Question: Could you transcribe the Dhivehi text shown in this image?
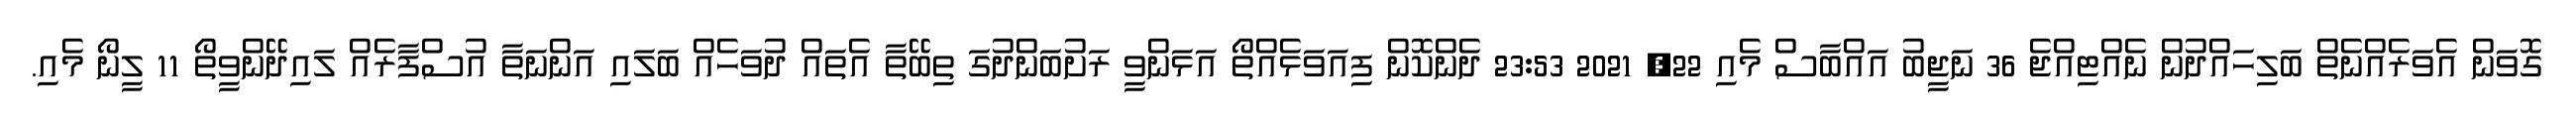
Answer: ގޮވަން އެވަރެއްނެތް ބަލިހައްދުން ނެއްޓިއްޖެ 36 ނަޖީބު އައްބާސް މެއި 22, 2021 23:53 ދެންކޮން ފިއަވަޅެއްތޯ އަޅަންވީ ރަށުބަންދުގަ ތިބޭތާ އެތައް ދުވަހެއް ބަލައި އަންނަތާ އުސްފާރެއް ލައިދޭންވީތޯ 11 ލީނޯ މެއި.